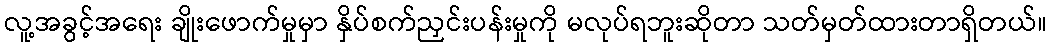
လူ့အခွင့်အရေး ချိုးဖောက်မှုမှာ နှိပ်စက်ညှင်းပန်းမှုကို မလုပ်ရဘူးဆိုတာ သတ်မှတ်ထားတာရှိတယ်။